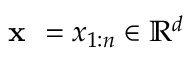
\textbf { x } = x _ { 1 : n } \in \mathbb { R } ^ { d }